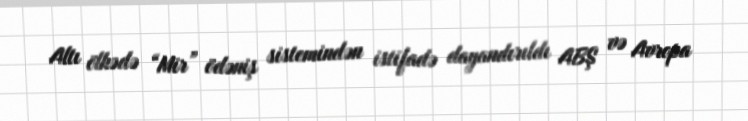
Altı ölkədə “Mir” ödəniş sistemindən istifadə dayandırıldı ABŞ və Avropa